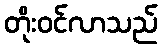
တိုးဝင်လာသည်